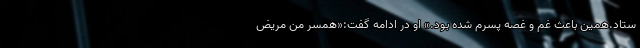
ستاد.همین باعث غم و غصه پسرم شده بود.» او در ادامه گفت:«همسر من مریض